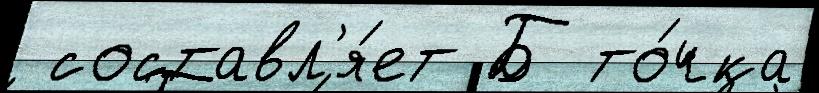
 составл'я́ет Б то́чка